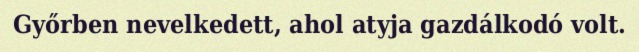
Győrben nevelkedett, ahol atyja gazdálkodó volt.